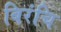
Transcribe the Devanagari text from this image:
बिरंचि